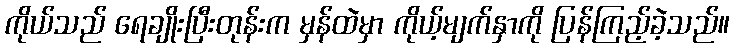
ကိုယ်သည် ရေချိုးပြီးတုန်းက မှန်ထဲမှာ ကိုယ့်မျက်နှာကို ပြန်ကြည့်ခဲ့သည်။